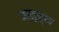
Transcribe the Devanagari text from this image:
आशुनृत्य